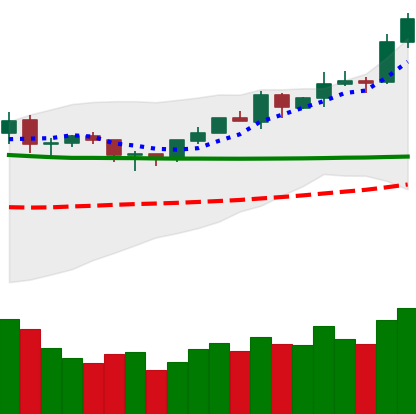
Ticker: ETH-USD
Chart end date: 2020-02-06
Forward return: 11.073%
Label: up_7plus